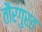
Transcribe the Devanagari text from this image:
तौरगुरत